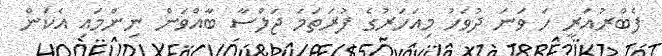
ފެބްރުއަރީ ހަ ވަނަ ދުވަހު މިއަހަރުގެ ފުރަތަމަ ޖަލްސާ ބާއްވަން ނިންމައި އެކަން